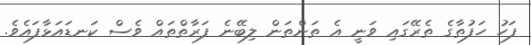
ފަހު ހަފުތާގެ ތެރޭގައި ވަނީ އެ ތަންތަން ލިބޭނެ ފަރާތްތައް ވެސް ކަނޑައަޅާފައެވެ.